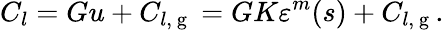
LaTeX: C_{l}=Gu+C_{l,\mathrm{~g~}}=GK\varepsilon^{m}(s)+C_{l,\mathrm{~g~}}.